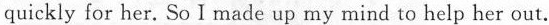
quickly for her. So I made up my mind to help her out.